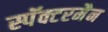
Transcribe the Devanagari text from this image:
स्पॅक्टरमैन